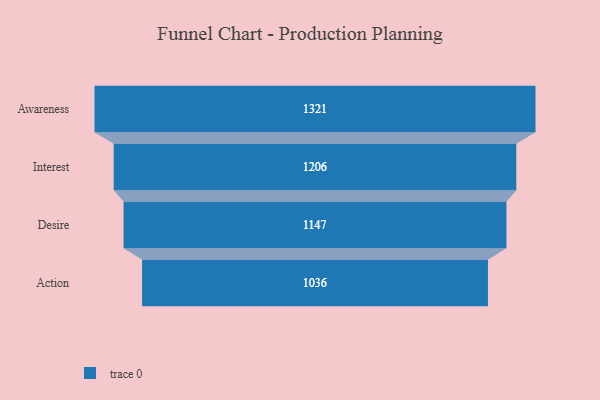
{"axis": {"x": "Stage", "y": "Value"}, "legend": [""], "data": [{"x": "Awareness", "y": 1321.0, "type": ""}, {"x": "Interest", "y": 1206.0, "type": ""}, {"x": "Desire", "y": 1147.0, "type": ""}, {"x": "Action", "y": 1036.0, "type": ""}]}